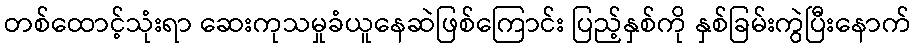
တစ်ထောင့်သုံးရာ ဆေးကုသမှုခံယူနေဆဲဖြစ်ကြောင်း ပြည့်နှစ်ကို နှစ်ခြမ်းကွဲပြီးနောက်